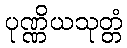
ပုဏ္ဏိယသုတ္တံ